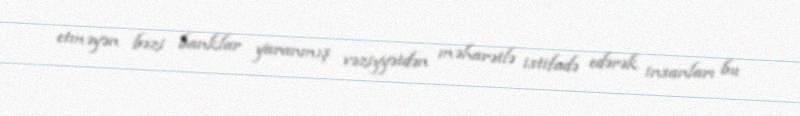
etməyən bəzi banklar yaranmış vəziyyətdən məharətlə istifadə edərək insanları bu